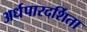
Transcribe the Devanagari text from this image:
अर्धपारदर्शिता